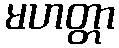
မဟတ္တာ